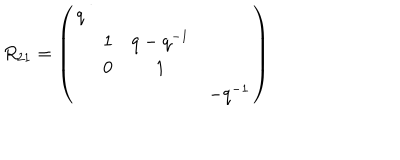
LaTeX: R _ { 2 1 } = \left( \begin{array} { c c c c } { { q } } & { { } } & { { } } & { { } } \\ { { } } & { { 1 } } & { { q - q ^ { - 1 } } } & { { } } \\ { { } } & { { 0 } } & { { 1 } } & { { } } \\ { { } } & { { } } & { { } } & { { - q ^ { - 1 } } } \\ \end{array} \right)